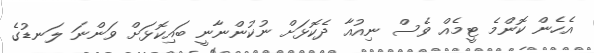
އެހެން ކޮންމެ ޓީމެއް ވެސް ނިއުއާ ދެކޮޅަށް ނުކުންނާނީ ބައިކޮޅަށް ވަންނަ ލަނޑުގެ